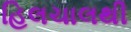
હિલચાલથી